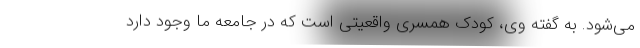
می‌شود. به گفته وی، کودک همسری واقعیتی است که در جامعه ما وجود دارد